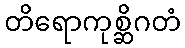
တိရောကုစ္ဆိဂတံ